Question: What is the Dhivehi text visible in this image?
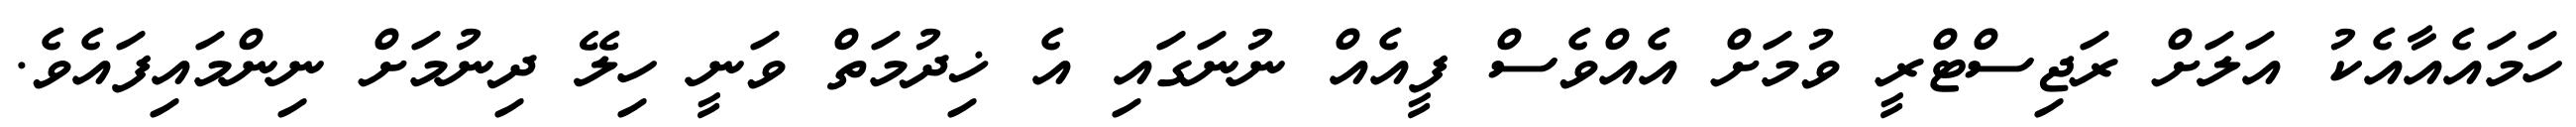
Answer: ހަމައެއާއެކު އަލަށް ރަޖިސްޓްރީ ވުމަށް އެއްވެސް ފީއެއް ނުނަގައި އެ ޚިދުމަތް ވަނީ ހިލޭ ދިނުމަށް ނިންމައިފައެވެ.